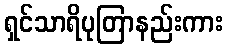
ရှင်သာရိပုတြာနည်းကား